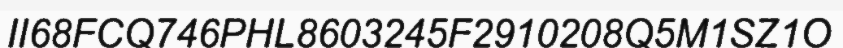
II68FCQ746PHL8603245F2910208Q5M1SZ1O